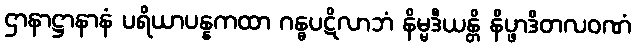
ဌာနာဋ္ဌာနာနံ ပရိယာပန္နကထာ ဂန္ဓပဋိလာဘံ နိမ္မဒီယန္တိ နိပ္ဖာဒိတလဝဏံ